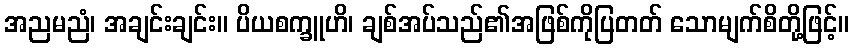
အညမညံ၊ အချင်းချင်း။ ပိယစက္ခူဟိ၊ ချစ်အပ်သည်၏အဖြစ်ကိုပြတတ် သောမျက်စိတို့ဖြင့်။